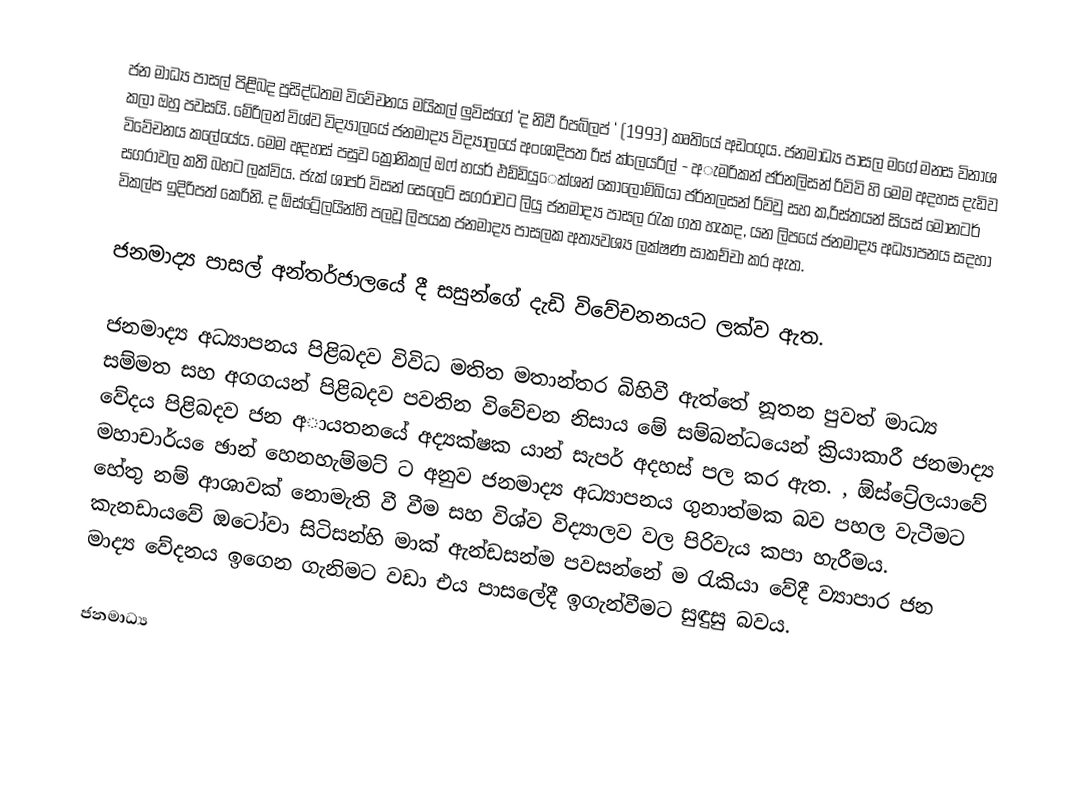
ජන මාධ්‍ය පාසල් පිළිබද ප්‍රසිද්ධතම විවේචනය මයිකල් ලුවිස්ගේ ‘ද නිවී රිපබ්ලප් ‘ (1993)  කෘතියේ අඩංගුය. ජනමාධ්‍ය පාසල මගේ මනස විනාශ කලා ඔහු පවසයි. මේරිලන් විශ්ව විද්‍යාලයේ ජනමාද්‍ය විද්‍යාලයේ අංශාදිපත රිස් ක්ලෙයරිල් - අැමරිකන් ජර්නලිසන් රිවිවි හි මෙම අදහස දැඩිව විවේචනය කලේයේය. මෙම අදහස් පසුව ක්‍රොනිකල් ඔෆ් හයර් එඩ්ඩියුෙක්ශන් කොලොම්බියා ජර්නලසන් රිවිවු සහ ක,රිස්තයන් සියස් මොනටර් සගරාවල කති බහට ලක්විය. ජැක් ශාපර් විසන් සෙලෙට් සගරාවට ලියු ජනමාද්‍ය පාසල රැක ගත හැකද, යන ලිපයේ ජනමාද්‍ය අධ්‍යාපනය සදහා විකල්ප ඉදිරිපත් කෙරිනි. ද ඕස්ට්‍රේලයින්හි පලවූ ලිපයක ජනමාද්‍ය පාසලක අත්‍යවශ්‍ය ලක්ෂණ සාකච්චා කර ඇත.

ජනමාද්‍ය පාසල් අන්තර්ජාලයේ දී සසුන්ගේ දැඩි විවේචනනයට ලක්ව ඇත.

ජනමාද්‍ය අධ්‍යාපනය පිළිබදව විවිධ මතිත මතාන්තර බිහිවී ඇත්තේ නූතන පුවත් මාධ්‍ය සම්මත සහ අගගයන් පිළිබදව පවතින විවේචන නිසාය මේ සම්බන්ධයෙන් ක්‍රියාකාරී ජනමාද්‍ය වේදය පිළිබදව ජන අායතනයේ අද්‍යක්ෂක යාන් සැපර් අදහස් පල කර ඇත. , ඕස්ට්‍රේලයාවේ මහාචාර්ය ෙඡාන් හෙනහැම්මට් ට අනුව ජනමාද්‍ය අධ්‍යාපනය ගුනාත්මක බව පහල වැටීමට හේතු නම් ආශාවක් නොමැති වී වීම සහ විශ්ව විද්‍යාලව වල පිරිවැය කපා හැරීමය. කැනඩායවේ ඔටෝවා සිටිසන්හි මාක් ඇන්ඩසන්ම පවසන්නේ ම රැකියා වේදී ව්‍යාපාර ජන මාද්‍ය වේදනය ඉගෙන ගැනිමට වඩා එය පාසලේදී ඉගැන්වීමට සුඳුසු බවය.

ජනමාධ්‍ය